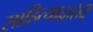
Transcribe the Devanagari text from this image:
साहित्याद्वारेही